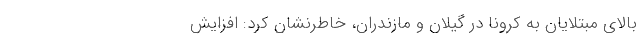
بالای مبتلایان به کرونا در گیلان و مازندران، خاطرنشان کرد: افزایش